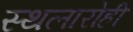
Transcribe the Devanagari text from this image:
स्थलारोही